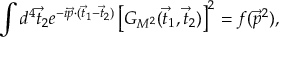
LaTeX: \int d ^ { 4 } \vec { t } _ { 2 } e ^ { - i \vec { p } \cdot ( \vec { t } _ { 1 } - \vec { t } _ { 2 } ) } \left[ G _ { M ^ { 2 } } ( \vec { t } _ { 1 } , \vec { t } _ { 2 } ) \right] ^ { 2 } = f ( \vec { p } ^ { 2 } ) ,